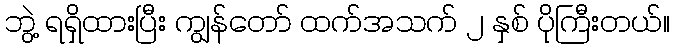
ဘွဲ့ ရရှိထားပြီး ကျွန်တော် ထက်အသက် ၂ နှစ် ပိုကြီးတယ်။